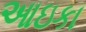
આઇકા